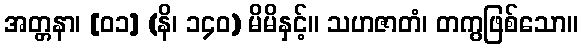
အတ္တနာ၊ [၀၁] (နိ၊ ၁၄၀) မိမိနှင့်။ သဟဇာတံ၊ တကွဖြစ်သော။